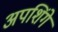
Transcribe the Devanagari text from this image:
अपशिंगे